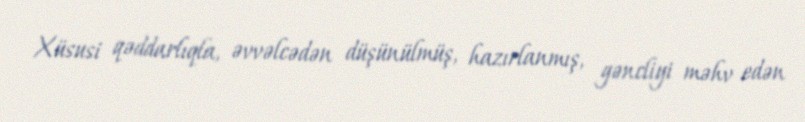
Xüsusi qəddarlıqla, əvvəlcədən düşünülmüş, hazırlanmış, gəncliyi məhv edən